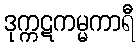
ဒုက္ကဋကမ္မကာရီ